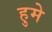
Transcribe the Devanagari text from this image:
हुमे